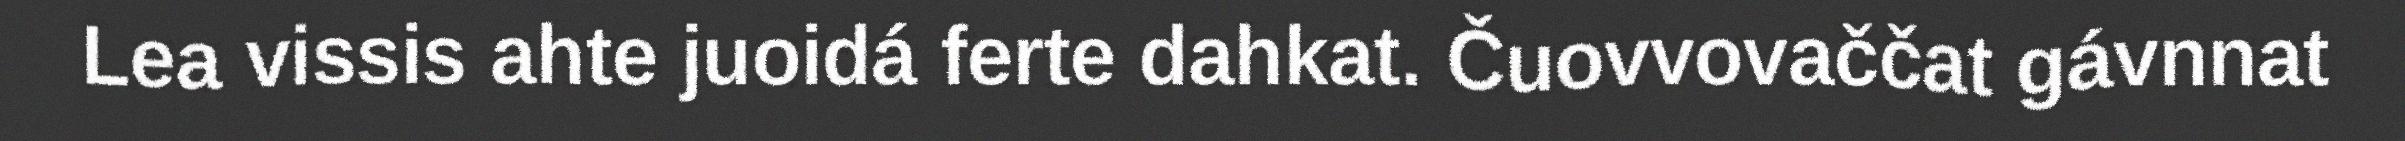
Lea vissis ahte juoidá ferte dahkat. Čuovvovaččat gávnnat